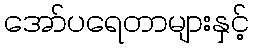
အော်ပရေတာများနှင့်